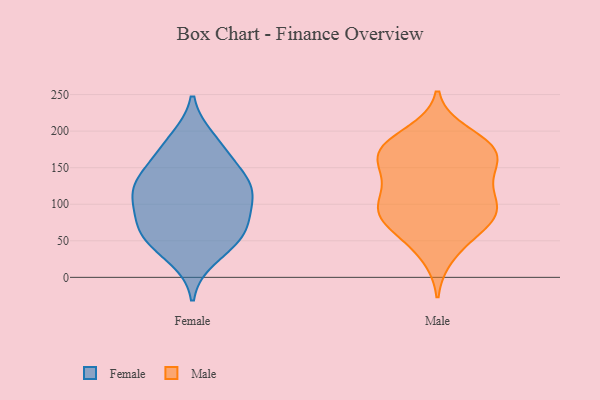
{"axis": {"x": "Production Output", "y": "Value"}, "legend": ["Female", "Male"], "data": [{"x": "", "y": 103, "type": "Female"}, {"x": "", "y": 130, "type": "Female"}, {"x": "", "y": 160, "type": "Female"}, {"x": "", "y": 66, "type": "Female"}, {"x": "", "y": 54, "type": "Female"}, {"x": "", "y": 126, "type": "Female"}, {"x": "", "y": 125, "type": "Female"}, {"x": "", "y": 179, "type": "Female"}, {"x": "", "y": 52, "type": "Female"}, {"x": "", "y": 188, "type": "Female"}, {"x": "", "y": 105, "type": "Female"}, {"x": "", "y": 82, "type": "Female"}, {"x": "", "y": 62, "type": "Female"}, {"x": "", "y": 129, "type": "Female"}, {"x": "", "y": 28, "type": "Female"}, {"x": "", "y": 170, "type": "Male"}, {"x": "", "y": 102, "type": "Male"}, {"x": "", "y": 148, "type": "Male"}, {"x": "", "y": 88, "type": "Male"}, {"x": "", "y": 89, "type": "Male"}, {"x": "", "y": 141, "type": "Male"}, {"x": "", "y": 178, "type": "Male"}, {"x": "", "y": 130, "type": "Male"}, {"x": "", "y": 177, "type": "Male"}, {"x": "", "y": 163, "type": "Male"}, {"x": "", "y": 197, "type": "Male"}, {"x": "", "y": 173, "type": "Male"}, {"x": "", "y": 91, "type": "Male"}, {"x": "", "y": 51, "type": "Male"}, {"x": "", "y": 30, "type": "Male"}, {"x": "", "y": 71, "type": "Male"}, {"x": "", "y": 118, "type": "Male"}, {"x": "", "y": 90, "type": "Male"}, {"x": "", "y": 181, "type": "Male"}, {"x": "", "y": 77, "type": "Male"}]}